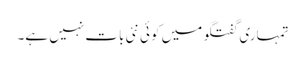
تمہاری گفتگو میں کوئی نئی بات نہیں ہے۔